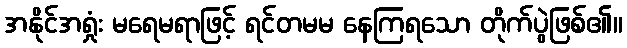
အနိုင်အရှုံး မရေမရာဖြင့် ရင်တမမ နေကြရသော တိုက်ပွဲဖြစ်၏။